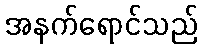
အနက်ရောင်သည်